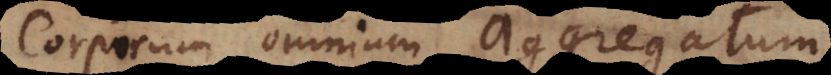
Corporum omnium Aggregatum